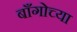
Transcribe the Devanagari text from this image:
बाँगोच्या